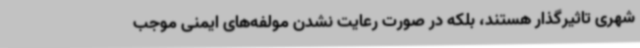
شهری تاثیرگذار هستند، بلکه در صورت رعایت نشدن مولفه‌های ایمنی موجب